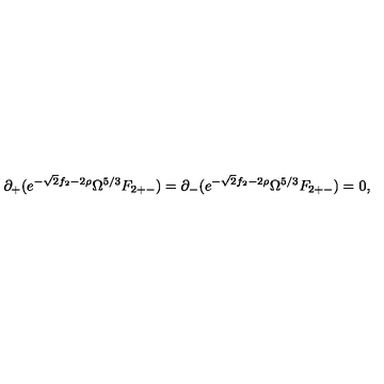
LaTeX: \partial _ { + } ( e ^ { - \sqrt { 2 } f _ { 2 } - 2 \rho } \Omega ^ { 5 / 3 } F _ { 2 + - } ) = \partial _ { - } ( e ^ { - \sqrt { 2 } f _ { 2 } - 2 \rho } \Omega ^ { 5 / 3 } F _ { 2 + - } ) = 0 ,